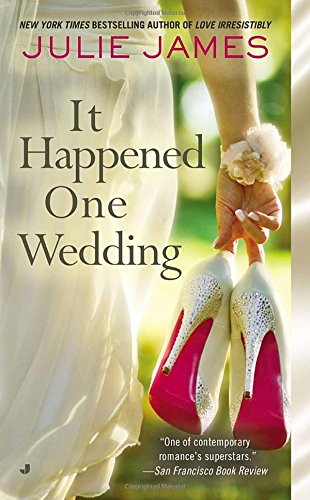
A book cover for It Happened One Wedding; Julie James; Literature & Fiction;